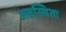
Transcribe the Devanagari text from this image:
अवस्थितः